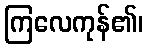
ကြလေကုန်၏၊